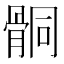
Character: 𩩅